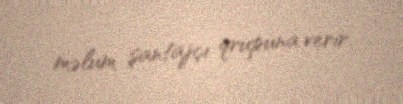
məlum şantajçı qrupuna verir.